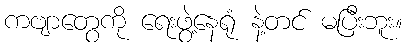
ကဗျာတွေကို ရေးဖွဲ့နေရုံ နဲ့တင် မပြီးဘူး။